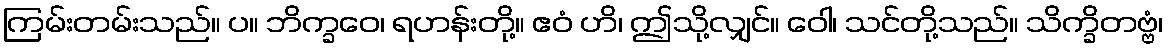
ကြမ်းတမ်းသည်။ ပ။ ဘိက္ခဝေ၊ ရဟန်းတို့။ ဧဝံ ဟိ၊ ဤသို့လျှင်။ ဝေါ၊ သင်တို့သည်။ သိက္ခိတဗ္ဗံ၊